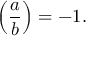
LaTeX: \left( { \frac { a } { b } } \right) = - 1 .